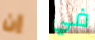
إن في